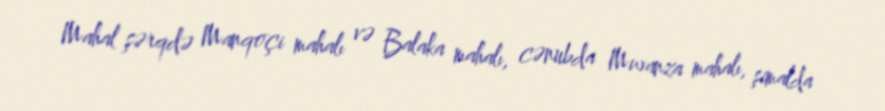
Mahal şərqdə Manqoçi mahalı və Balaka mahalı, cənubda Mwanza mahalı, şimalda